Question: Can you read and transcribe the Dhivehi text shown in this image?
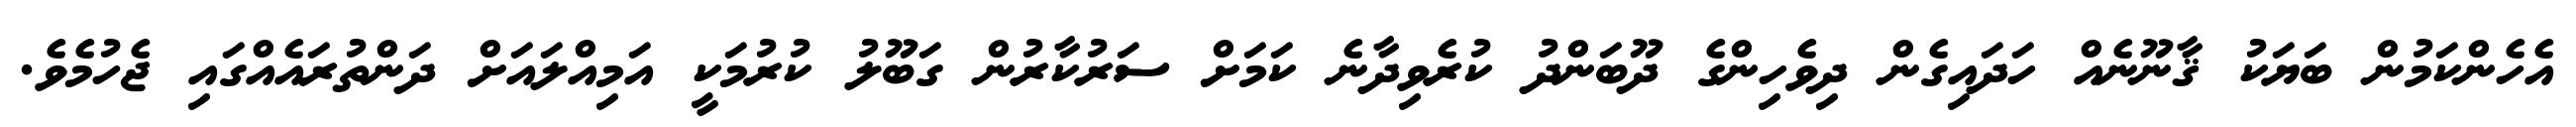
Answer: އެހެންކަމުން ބަޔަކު ޤާނޫނެއް ހަދައިގެން ދިވެހިންގެ ދޫބަންދު ކުރެވިދާނެ ކަމަށް ސަރުކާރުން ގަބޫލު ކުރުމަކީ އަމިއްލައަށް ދަންތުރައެއްގައި ޖެހުމެވެ.